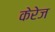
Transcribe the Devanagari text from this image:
केरेज